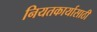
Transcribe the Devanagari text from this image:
नियतकार्यासाठी